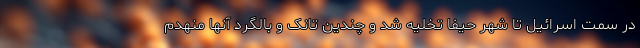
در سمت اسرائیل تا شهر حیفا تخلیه شد و چندین تانک و بالگرد آنها منهدم